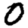
Digit: 0